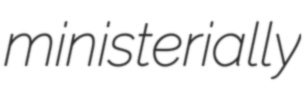
ministerially